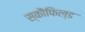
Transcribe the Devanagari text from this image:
स्कौफिल्ड